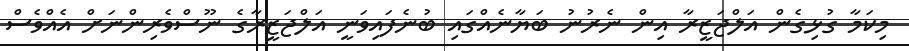
މިކަމާ ގުޅިގެން އަލްޖަޒީރާ އިން ނެރުނު ބަޔާނެއްގައި ބުނެފައިވަނީ އަލްޖަޒީރާގެ ނޫސްވެރިންނަށް އެއްވެސް